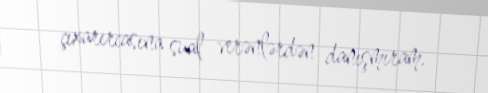
çıxarırcasına sual verənlərdən danışmıram.